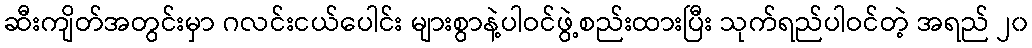
ဆီးကျိတ်အတွင်းမှာ ဂလင်းငယ်ပေါင်း များစွာနဲ့ပါဝင်ဖွဲ့စည်းထားပြီး သုက်ရည်ပါဝင်တဲ့ အရည် ၂၀